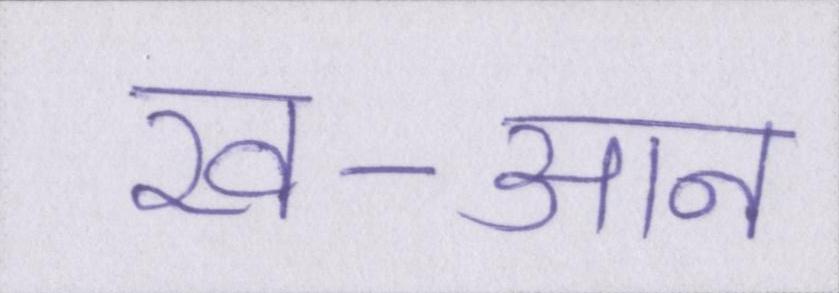
ख-आन